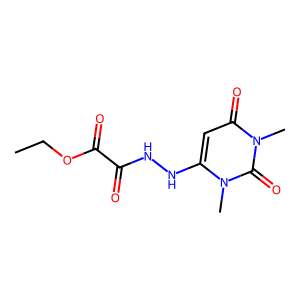
SMILES: CCOC(=O)C(=O)NNc1cc(=O)n(C)c(=O)n1C
Inhibits HIV replication: No